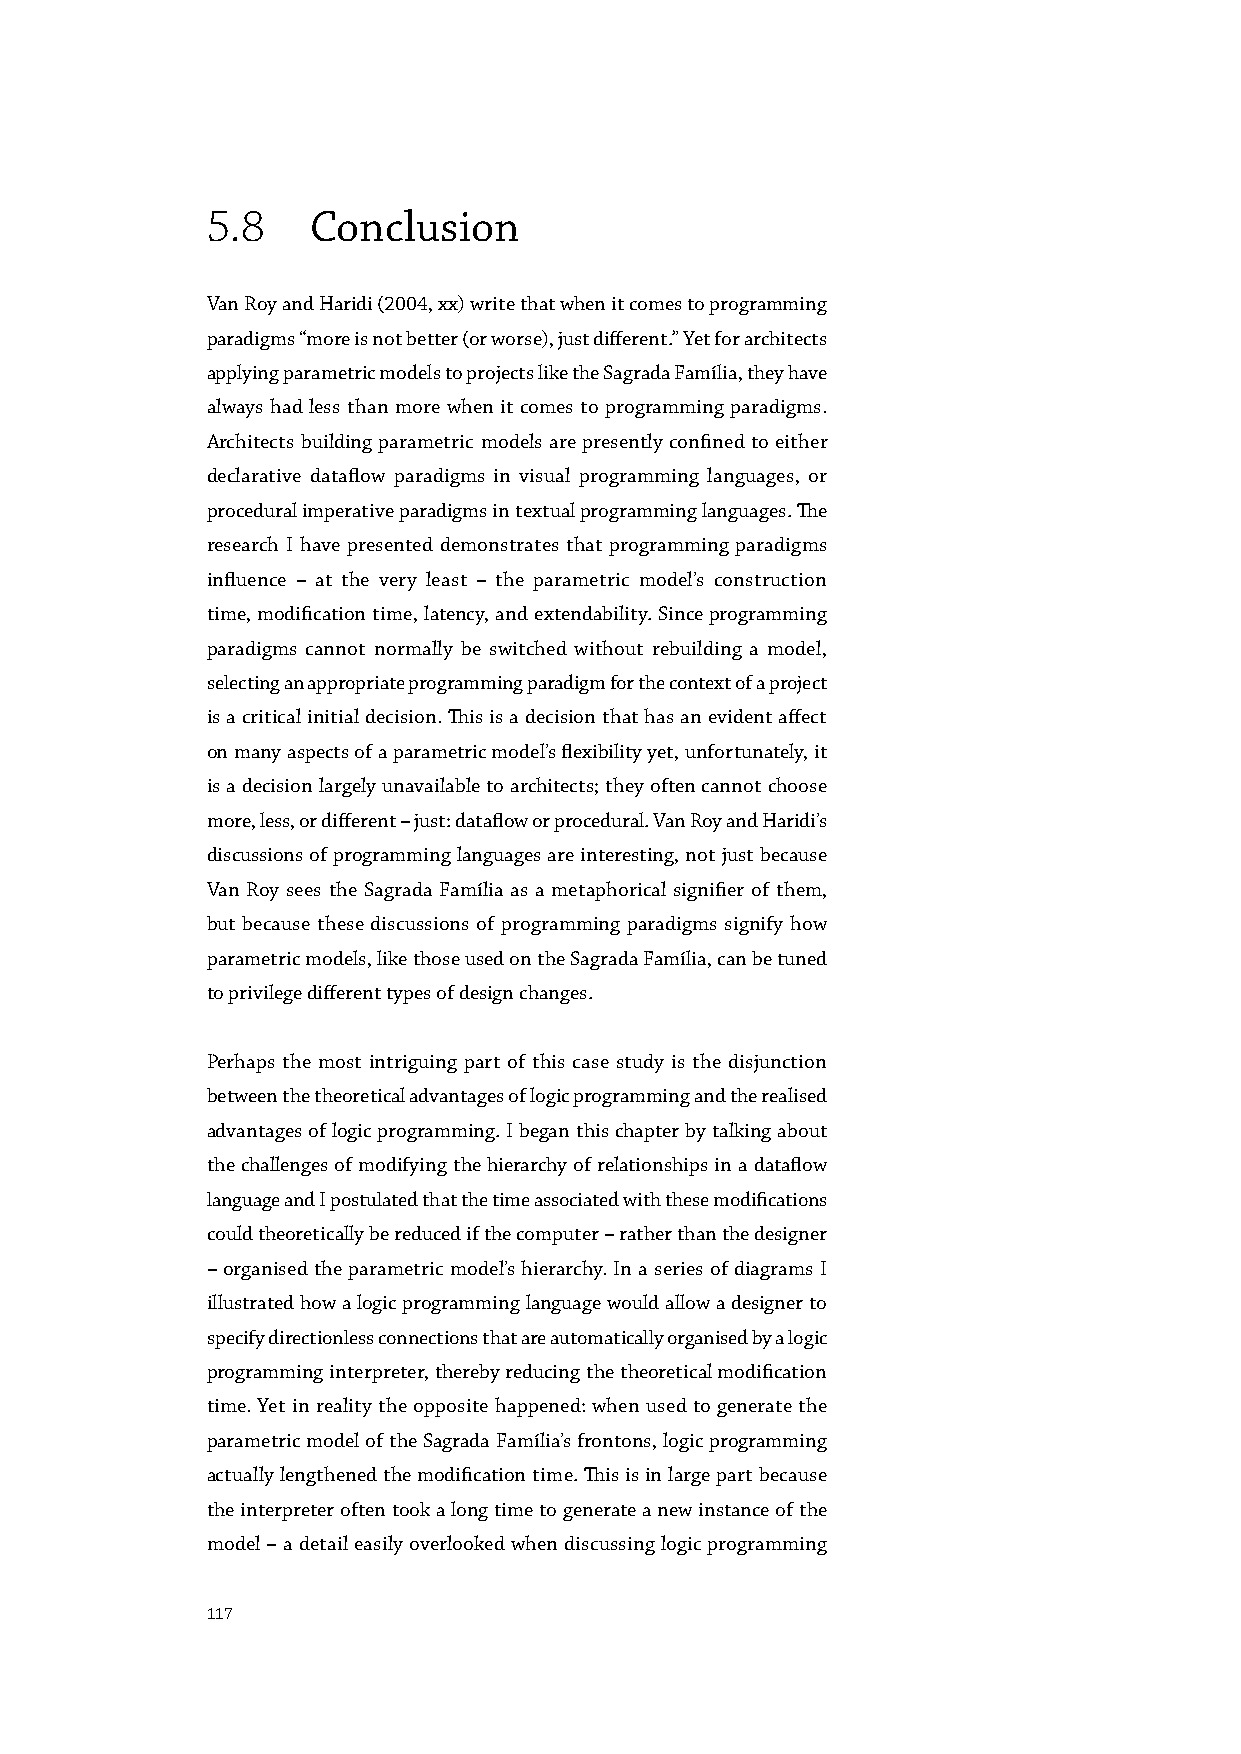
5.8    Conclusion
 Van Roy and Haridi (2004, xx) write that when it comes to programming
 paradigms “more is not better (or worse), just different.” Yet for architects
 applying parametric models to projects like the Sagrada Família, they have
 always had less than more when it comes to programming paradigms.
 Architects building parametric models are presently confined to either
 declarative dataflow paradigms in visual programming languages, or
 procedural imperative paradigms in textual programming languages. The
 research I have presented demonstrates that programming paradigms
 influence – at the very least – the parametric model’s construction
 time, modification time, latency, and extendability. Since programming
 paradigms cannot normally be switched without rebuilding a model,
 selecting an appropriate programming paradigm for the context of a project
 is a critical initial decision. This is a decision that has an evident affect
 on many aspects of a parametric model’s flexibility yet, unfortunately, it
 is a decision largely unavailable to architects; they often cannot choose
 more, less, or different – just: dataflow or procedural. Van Roy and Haridi’s
 discussions of programming languages are interesting, not just because
 Van Roy sees the Sagrada Família as a metaphorical signifier of them,
 but because these discussions of programming paradigms signify how
 parametric models, like those used on the Sagrada Família, can be tuned
 to privilege different types of design changes.
 Perhaps the most intriguing part of this case study is the disjunction
 between the theoretical advantages of logic programming and the realised
 advantages of logic programming. I began this chapter by talking about
 the challenges of modifying the hierarchy of relationships in a dataflow
 language and I postulated that the time associated with these modifications
 could theoretically be reduced if the computer – rather than the designer
 – organised the parametric model’s hierarchy. In a series of diagrams I
 illustrated how a logic programming language would allow a designer to
 specify directionless connections that are automatically organised by a logic
 programming interpreter, thereby reducing the theoretical modification
 time. Yet in reality the opposite happened: when used to generate the
 parametric model of the Sagrada Família’s frontons, logic programming
 actually lengthened the modification time. This is in large part because
 the interpreter often took a long time to generate a new instance of the
 model – a detail easily overlooked when discussing logic programming
 117